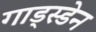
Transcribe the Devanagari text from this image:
गाड्स्डेन